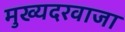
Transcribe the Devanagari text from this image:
मुख्यदरवाजा